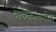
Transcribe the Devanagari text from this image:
वाचकांबरोबर